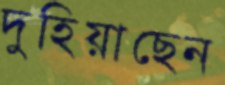
দুহিয়াছেন